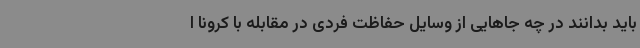
باید بدانند در چه جاهایی از وسایل حفاظت فردی در مقابله با کرونا ا